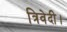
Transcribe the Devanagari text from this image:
त्रिवेदी।